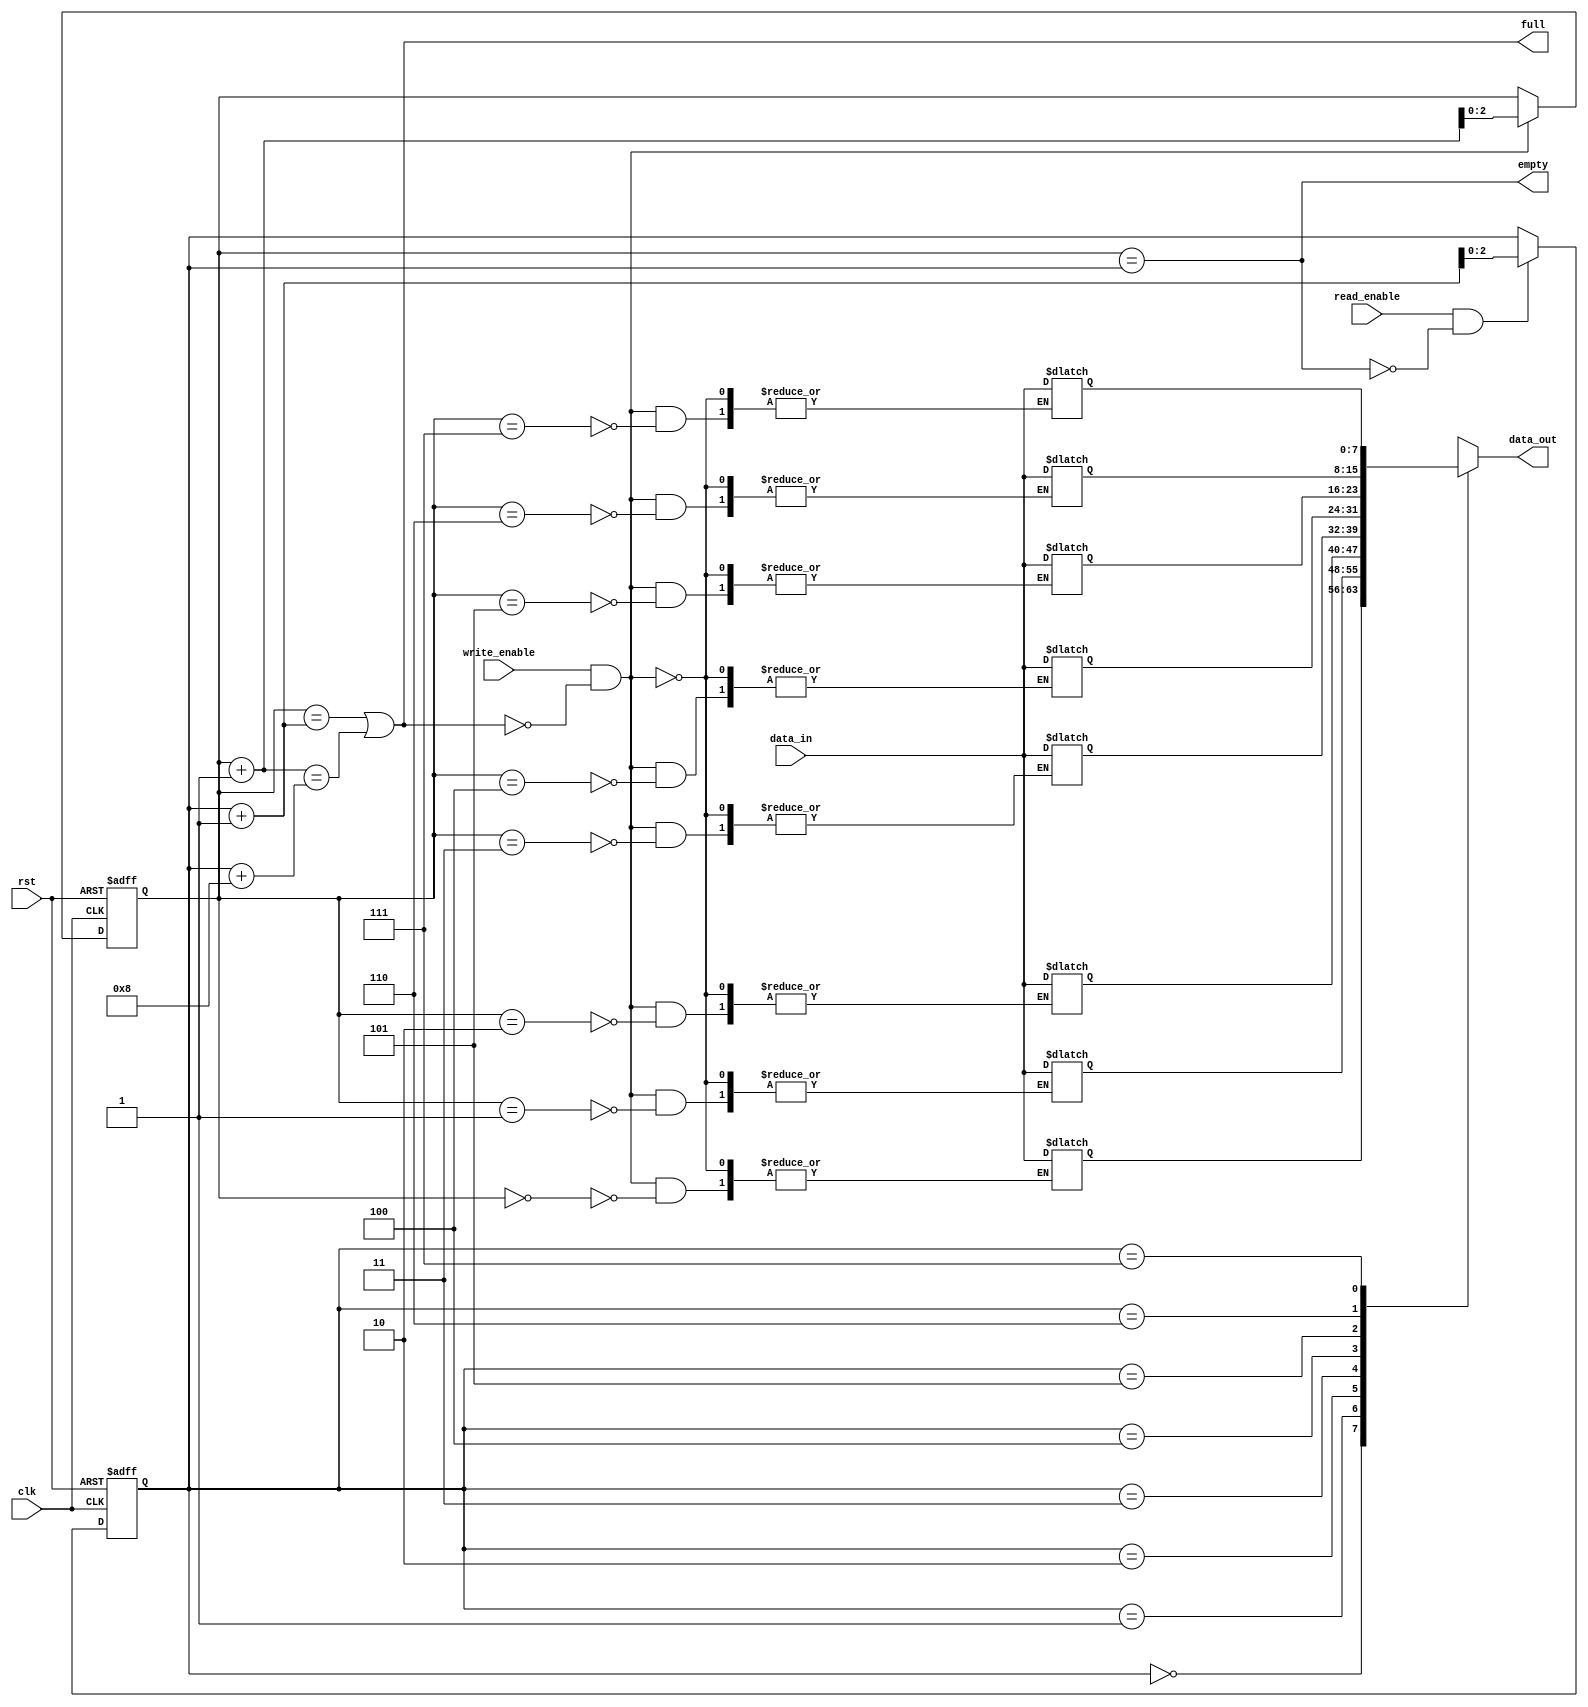
module bidirectional_fifo (
    input wire clk,
    input wire rst,
    input wire write_enable,
    input wire read_enable,
    input wire [7:0] data_in,
    output wire [7:0] data_out,
    output wire full,
    output wire empty
);

parameter DEPTH = 8;
reg [7:0] memory [0:DEPTH-1];
reg [2:0] write_ptr, read_ptr;

always @ (posedge clk or posedge rst)
begin
    if (rst)
    begin
        write_ptr <= 3'b000;
        read_ptr <= 3'b000;
    end
    else
    begin
        if (write_enable && !full)
            write_ptr <= write_ptr + 1;
        if (read_enable && !empty)
            read_ptr <= read_ptr + 1;
    end
end

assign empty = (write_ptr == read_ptr);
assign full = (write_ptr == read_ptr + 1 || write_ptr + 1 == read_ptr + DEPTH);

always @ *
begin
    if (write_enable && !full)
        memory[write_ptr] <= data_in;
    
    data_out <= memory[read_ptr];
end

endmodule